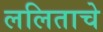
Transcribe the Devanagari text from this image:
ललिताचे